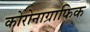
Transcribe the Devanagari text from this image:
कोरोनाग्राफिक